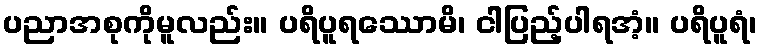
ပညာအစုကိုမူလည်း။ ပရိပူရဿောမိ၊ ငါပြည့်ပါရအံ့။ ပရိပူရံ၊